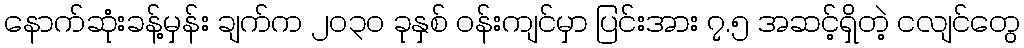
နောက်ဆုံးခန့်မှန်း ချက်က ၂၀၃၀ ခုနှစ် ဝန်းကျင်မှာ ပြင်းအား ၇.၅ အဆင့်ရှိတဲ့ ငလျင်တွေ